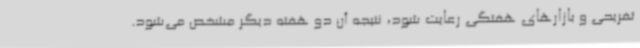
تفریحی و بازارهای هفتگی رعایت شود، نتیجه آن دو هفته دیگر مشخص می‌شود.